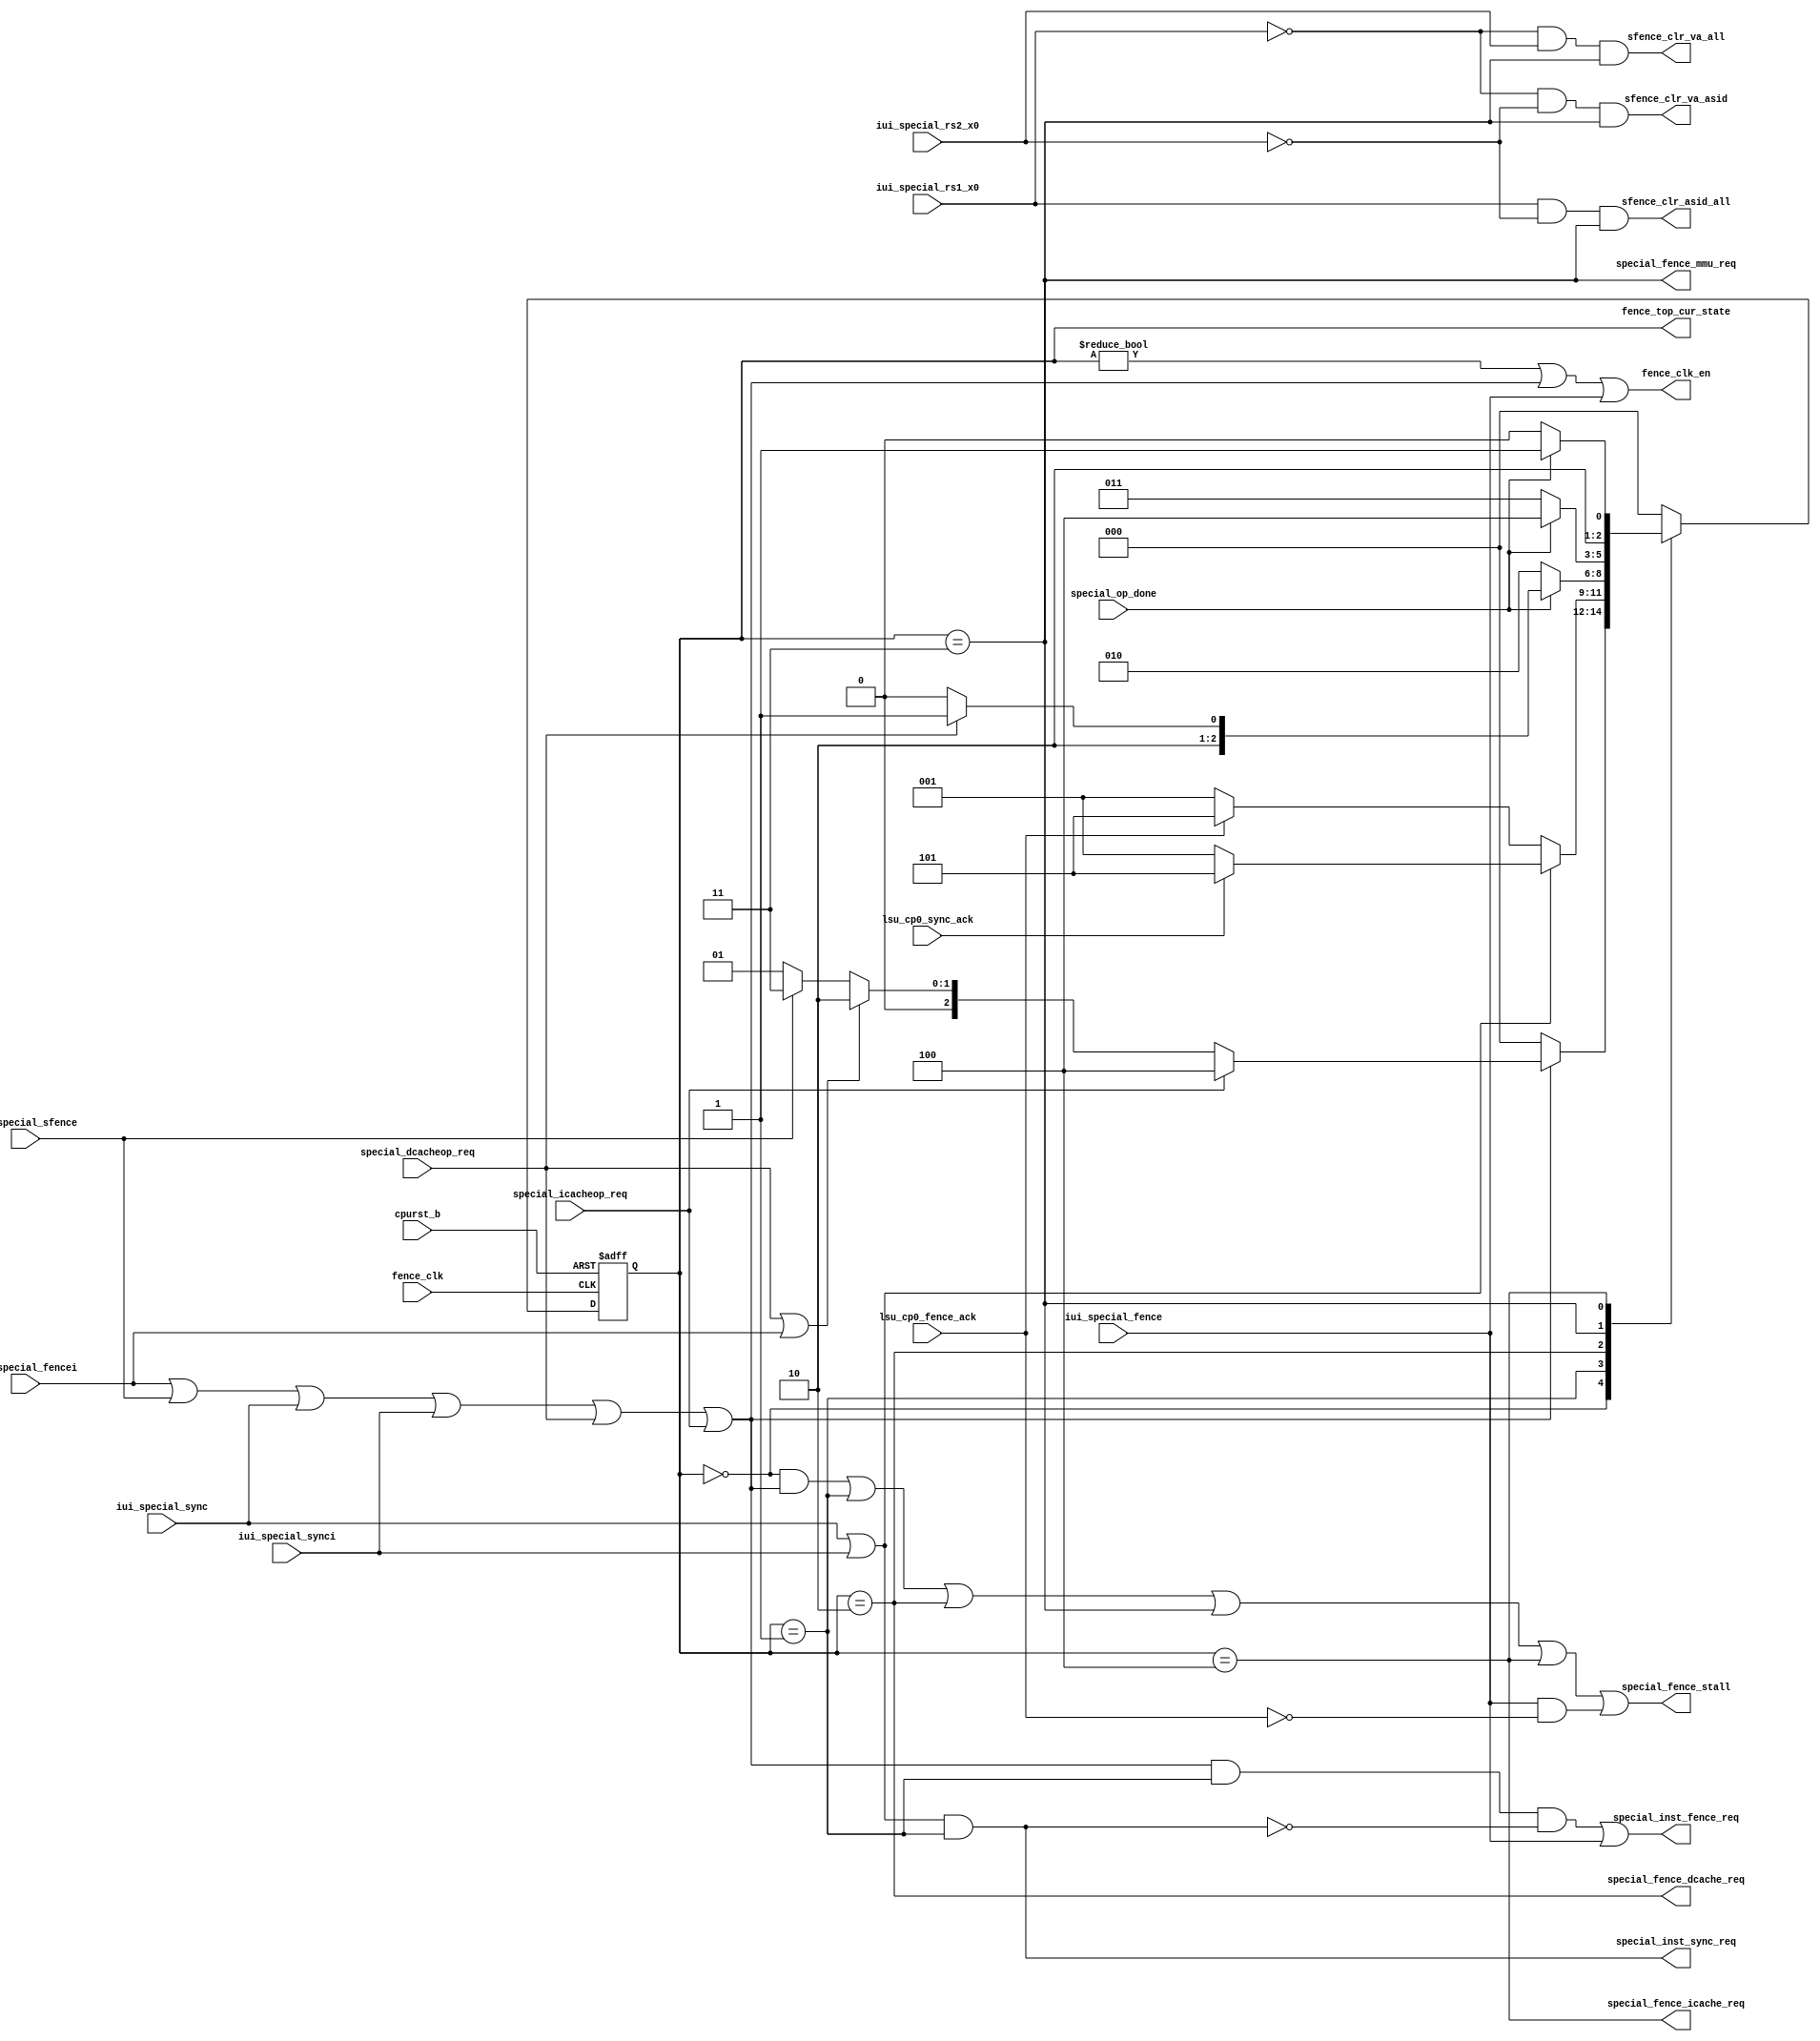
/*Copyright 2020-2021 T-Head Semiconductor Co., Ltd.

Licensed under the Apache License, Version 2.0 (the "License");
you may not use this file except in compliance with the License.
You may obtain a copy of the License at

    http://www.apache.org/licenses/LICENSE-2.0

Unless required by applicable law or agreed to in writing, software
distributed under the License is distributed on an "AS IS" BASIS,
WITHOUT WARRANTIES OR CONDITIONS OF ANY KIND, either express or implied.
See the License for the specific language governing permissions and
limitations under the License.
*/

// &ModuleBeg; @23
module aq_cp0_fence_inst(
  cpurst_b,
  fence_clk,
  fence_clk_en,
  fence_top_cur_state,
  iui_special_fence,
  iui_special_fencei,
  iui_special_rs1_x0,
  iui_special_rs2_x0,
  iui_special_sfence,
  iui_special_sync,
  iui_special_synci,
  lsu_cp0_fence_ack,
  lsu_cp0_sync_ack,
  sfence_clr_asid_all,
  sfence_clr_va_all,
  sfence_clr_va_asid,
  special_dcacheop_req,
  special_fence_dcache_req,
  special_fence_icache_req,
  special_fence_mmu_req,
  special_fence_stall,
  special_icacheop_req,
  special_inst_fence_req,
  special_inst_sync_req,
  special_op_done
);


// &Ports; @25
input          cpurst_b;                
input          fence_clk;               
input          iui_special_fence;       
input          iui_special_fencei;      
input          iui_special_rs1_x0;      
input          iui_special_rs2_x0;      
input          iui_special_sfence;      
input          iui_special_sync;        
input          iui_special_synci;       
input          lsu_cp0_fence_ack;       
input          lsu_cp0_sync_ack;        
input          special_dcacheop_req;    
input          special_icacheop_req;    
input          special_op_done;         
output         fence_clk_en;            
output  [2:0]  fence_top_cur_state;     
output         sfence_clr_asid_all;     
output         sfence_clr_va_all;       
output         sfence_clr_va_asid;      
output         special_fence_dcache_req; 
output         special_fence_icache_req; 
output         special_fence_mmu_req;   
output         special_fence_stall;     
output         special_inst_fence_req;  
output         special_inst_sync_req;   

// &Regs; @26
reg     [2:0]  fence_cur_state;         
reg     [2:0]  fence_next_state;        

// &Wires; @27
wire           cpurst_b;                
wire           fence_clk;               
wire           fence_clk_en;            
wire           fence_inst_vld;          
wire    [2:0]  fence_top_cur_state;     
wire           iui_special_fence;       
wire           iui_special_fencei;      
wire           iui_special_rs1_x0;      
wire           iui_special_rs2_x0;      
wire           iui_special_sfence;      
wire           iui_special_sync;        
wire           iui_special_synci;       
wire           lsu_cp0_fence_ack;       
wire           lsu_cp0_sync_ack;        
wire           sfence_clr_asid_all;     
wire           sfence_clr_va_all;       
wire           sfence_clr_va_asid;      
wire           special_dcache_op;       
wire           special_dcacheop_req;    
wire           special_fence_dcache_req; 
wire           special_fence_icache_req; 
wire           special_fence_mmu_req;   
wire           special_fence_stall;     
wire           special_icache_inv;      
wire           special_icacheop_req;    
wire           special_inst_fence_req;  
wire           special_inst_sync_req;   
wire           special_mmu_clean;       
wire           special_op_done;         
wire           special_sm_fence;        


assign fence_inst_vld = iui_special_fencei
                     // || iui_special_fence
                     || iui_special_sfence
                     || iui_special_sync
                     || iui_special_synci
                     || special_dcacheop_req
                     || special_icacheop_req;

parameter FNC_IDLE  = 3'b000;
parameter FNC_FENC  = 3'b001;
parameter FNC_CDCA  = 3'b010;
parameter FNC_CMMU  = 3'b011;
parameter FNC_IICA  = 3'b100;
parameter FNC_CMPLT = 3'b101;

always @ (posedge fence_clk or negedge cpurst_b)
begin
  if (!cpurst_b)
    fence_cur_state[2:0] <= 3'b0;
  else
    fence_cur_state[2:0] <= fence_next_state[2:0];
end

// &CombBeg; @52
always @( fence_inst_vld
       or iui_special_fencei
       or fence_cur_state
       or special_dcacheop_req
       or special_op_done
       or iui_special_sync
       or lsu_cp0_fence_ack
       or special_icacheop_req
       or iui_special_sfence
       or lsu_cp0_sync_ack
       or iui_special_synci)
begin
case(fence_cur_state)
  FNC_IDLE:
    if (fence_inst_vld)
      if (special_icacheop_req)
        fence_next_state = FNC_IICA;
      else if (special_dcacheop_req || iui_special_fencei)
        fence_next_state = FNC_CDCA;
      else if (iui_special_sfence)
        fence_next_state = FNC_CMMU;
      else
        fence_next_state = FNC_FENC; // synci, sync, fence
    else
      fence_next_state = FNC_IDLE;
  FNC_FENC:
    if (iui_special_sync || iui_special_synci)
      if (lsu_cp0_sync_ack)
        fence_next_state = FNC_CMPLT;
      else
        fence_next_state = FNC_FENC;
    else
      if (lsu_cp0_fence_ack)
        fence_next_state = FNC_CMPLT;
      else
        fence_next_state = FNC_FENC;
  FNC_CDCA:
    if (special_op_done)
      if (special_dcacheop_req)
        fence_next_state = FNC_CMPLT;
      else
        fence_next_state = FNC_IICA;
    else
      fence_next_state = FNC_CDCA;
  FNC_CMMU:
    if (special_op_done)
      fence_next_state = FNC_IICA;
    else
      fence_next_state = FNC_CMMU;
  FNC_IICA:
    if (special_op_done)
      fence_next_state = FNC_CMPLT;
    else
      fence_next_state = FNC_IICA;
  FNC_CMPLT:
    fence_next_state = FNC_IDLE;
  default:
    fence_next_state = FNC_IDLE;
endcase
// &CombEnd; @100
end

assign special_sm_fence   = fence_cur_state == FNC_FENC;
assign special_dcache_op  = fence_cur_state == FNC_CDCA;
assign special_mmu_clean  = fence_cur_state == FNC_CMMU;
assign special_icache_inv = fence_cur_state == FNC_IICA;

assign special_fence_stall = fence_cur_state == FNC_IDLE && fence_inst_vld
                          || special_sm_fence
                          || special_dcache_op
                          || special_mmu_clean
                          || special_icache_inv
                          || iui_special_fence && !lsu_cp0_fence_ack;

assign special_inst_sync_req = (iui_special_sync
                             || iui_special_synci)
                             && special_sm_fence;
// &Force("output", "special_inst_sync_req"); @117
assign special_inst_fence_req = fence_inst_vld
                             && special_sm_fence
                             && !special_inst_sync_req
                             || iui_special_fence;

assign fence_clk_en = fence_cur_state != FNC_IDLE
                   || fence_inst_vld
                   || iui_special_fence; // For hpcp flop.

//==========================================================
//                          SFENCE
//==========================================================
// assign sfence_clr_all      =  iui_special_rs1_x0 &&  iui_special_rs2_x0;
assign sfence_clr_va_all   = !iui_special_rs1_x0 &&  iui_special_rs2_x0 && special_mmu_clean;
assign sfence_clr_asid_all =  iui_special_rs1_x0 && !iui_special_rs2_x0 && special_mmu_clean;
assign sfence_clr_va_asid  = !iui_special_rs1_x0 && !iui_special_rs2_x0 && special_mmu_clean;


//==========================================================
//                          Output
//==========================================================
//----------------------------------------------------------
//                         For CP0
//----------------------------------------------------------
assign special_fence_icache_req = special_icache_inv;
assign special_fence_dcache_req = special_dcache_op;
assign special_fence_mmu_req    = special_mmu_clean;

assign fence_top_cur_state[2:0] = fence_cur_state[2:0];


// &ModuleEnd; @157
endmodule